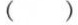
( )